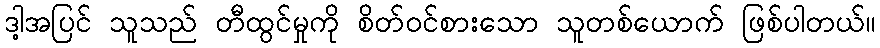
ဒါ့အပြင် သူသည် တီထွင်မှုကို စိတ်ဝင်စားသော သူတစ်ယောက် ဖြစ်ပါတယ်။